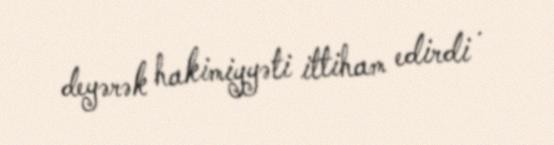
deyərək hakimiyyəti ittiham edirdi .